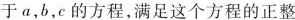
于a，b，c的方程，满足这个方程的正整